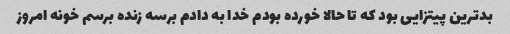
بد‌ترین پیتزایی بود که تا حالا خورده بودم خدا به دادم برسه زنده برسم خونه امروز